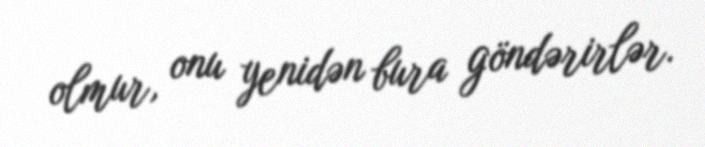
olmur, onu yenidən bura göndərirlər.